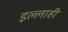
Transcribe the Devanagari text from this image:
इल्लाही